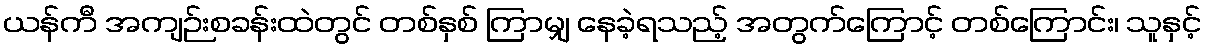
ယန်ကီ အကျဉ်းစခန်းထဲတွင် တစ်နှစ် ကြာမျှ နေခဲ့ရသည့် အတွက်ကြောင့် တစ်ကြောင်း၊ သူနှင့်